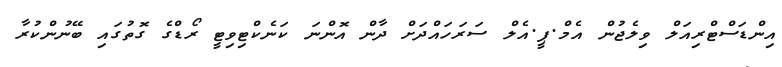
އިންޑަސްޓްރިއަލް ވިލެޖުން އެމް.ޕީ.އެލް ސަރަހައްދަށް ދާން އޮންނަ ކަނެކްޓިވިޓީ ރޯޑްގެ ގޮތުގައި ބޭނުންކުރާ